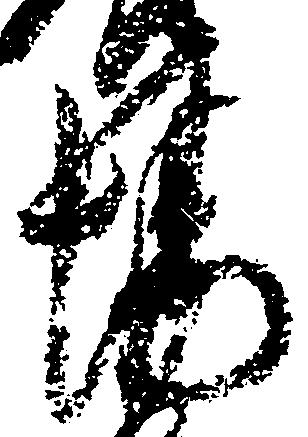
場